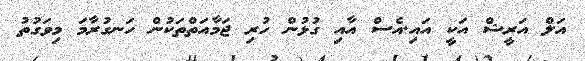
އަލް އަރީޝް އަކީ އައި.އެސް އާއި ގުޅުން ހުރި ޖަމާއަތްތަކުން ހަނގުރާމަ މިވަގުތު